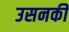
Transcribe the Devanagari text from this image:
उसनकी